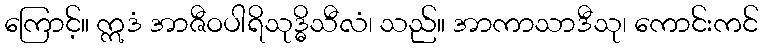
ကြောင့်။ ဣဒံ အာဇီဝပါရိသုဒ္ဓိသီလံ၊ သည်။ အာကာသာဒီသု၊ ကောင်းကင်